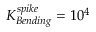
K _ { B e n d i n g } ^ { s p i k e } = 1 0 ^ { 4 }